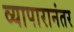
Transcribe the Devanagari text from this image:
व्यापारानंतर